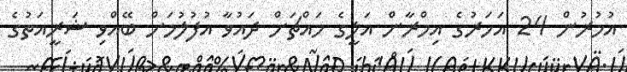
އުމުރުން 24 އަހަރުގެ އިމްރާން އަލީގެ މައްޗަށް ދައުވާ އުފުލުމަށް ބޭއްވި ޝަރީއަތުގެ